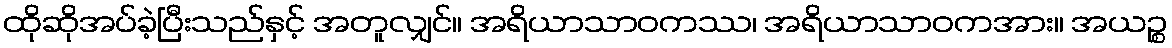
ထိုဆိုအပ်ခဲ့ပြီးသည်နှင့် အတူလျှင်။ အရိယာသာဝကဿ၊ အရိယာသာဝကအား။ အယဉ္စ